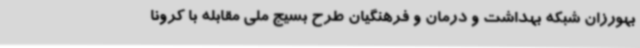
بهورزان شبکه بهداشت و درمان و فرهنگیان طرح بسیج ملی مقابله با کرونا